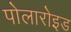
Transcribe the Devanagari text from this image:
पोलारोइड